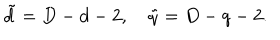
\tilde { d } = D - d - 2 , ~ \tilde { q } = D - q - 2 .